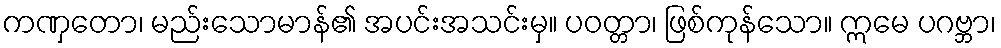
ကဏှတော၊ မည်းသောမာန်၏ အပင်းအသင်းမှ။ ပဝတ္တာ၊ ဖြစ်ကုန်သော။ ဣမေ ပဂဗ္ဘာ၊